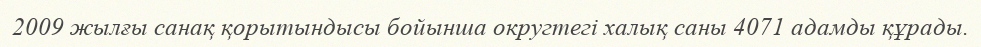
2009 жылғы санақ қорытындысы бойынша округтегі халық саны 4071 адамды құрады.